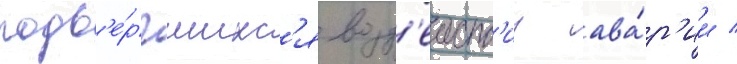
подв'е́ргшихс'я возд'еиств'иу ава́р'ии /